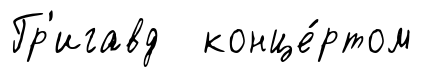
Гр'игавд конце́ртом